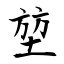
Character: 堃